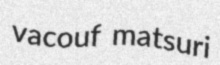
vacouf matsuri